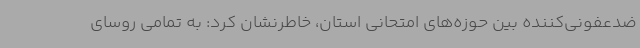
ضدعفونی‌کننده بین حوزه‌های امتحانی استان، خاطرنشان کرد: به تمامی روسای